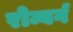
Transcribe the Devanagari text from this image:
रोम्बर्ग